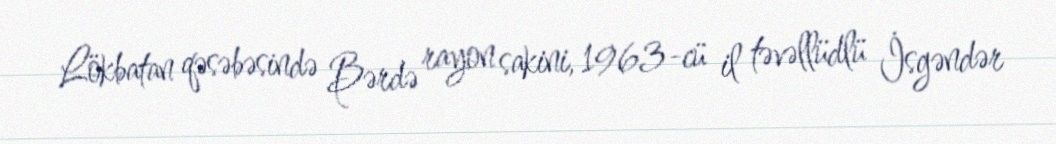
Lökbatan qəsəbəsində Bərdə rayon sakini, 1963-cü il təvəllüdlü İsgəndər